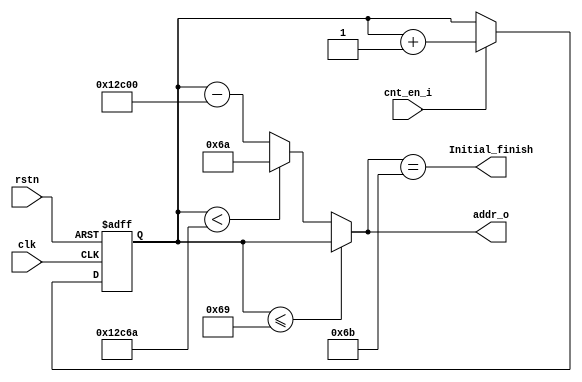
module AddrIni # (
    parameter ADDR_WIDTH = 17
)(
    input                       clk,
    input                       rstn,
    input                       cnt_en_i,
    output                      Initial_finish,
    output [ADDR_WIDTH-1 : 0]   addr_o
);

reg [ADDR_WIDTH-1 : 0] cnt;
wire[ADDR_WIDTH-1 : 0] cnt_nxt = cnt + 1'b1;

always @ (posedge clk or negedge rstn) begin
    if (~rstn) begin 
        cnt <= {ADDR_WIDTH{1'b0}};
    end else begin
        if (cnt_en_i)    cnt <= cnt_nxt; 
        else             cnt <= cnt;
    end
end

assign addr_o = ( cnt <= 17'd105 ) ? cnt : (cnt < 17'd76906 ? 17'd106 : cnt - 17'd76800 );

assign Initial_finish = addr_o == 17'd107;

endmodule